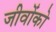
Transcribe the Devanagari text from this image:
जीवोंको